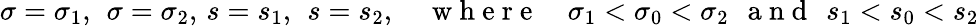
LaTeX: \sigma=\sigma_{1},\, \ \sigma=\sigma_{2},\, s=s_{1},\, \ s=s_{2},\quad\mathrm{~w~h~e~r~e~}\quad\sigma_{1}<\sigma_{0}<\sigma_{2}\, \ \mathrm{~a~n~d~}\, \ s_{1}<s_{0}<s_{2}